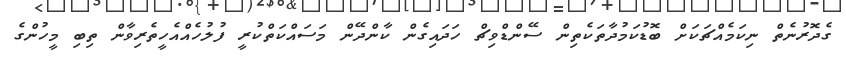
ގެދޮރުނެތް ނިކަމެއްޗަކަށް ބޮޑުކަމުދާތަކެތިން ސޭންޑްވިޗް ހަދައިގެން ކާންދޭން މަސައްކަތްކުރީ ފުލުހެއްއެހީތެރިވާން ތިބި މީހުންގެ